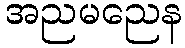
အညမညေန